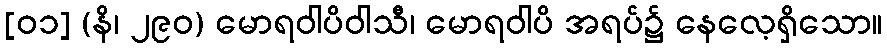
[၀၁] (နိ၊ ၂၉၀) မောရဝါပိဝါသီ၊ မောရဝါပိ အရပ်၌ နေလေ့ရှိသော။